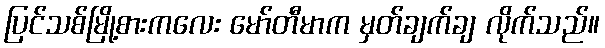
ပြင်သစ်မြို့စားကလေး မော်တီမာက မှတ်ချက်ချ လိုက်သည်။